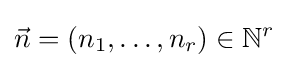
{\vec {n}}=(n_{1},\dots ,n_{r})\in \mathbb {N} ^{r}